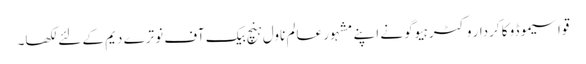
قواسیموڈو کا کردار وکٹر ہیوگو نے اپنے مشہور عالم ناول ہنچ بیک آف نوترے دیم کے لئے لکھا۔